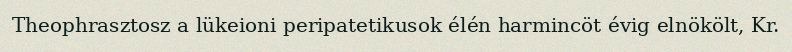
Theophrasztosz a lükeioni peripatetikusok élén harmincöt évig elnökölt, Kr.